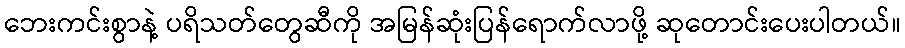
ဘေးကင်းစွာနဲ့ ပရိသတ်တွေဆီကို အမြန်ဆုံးပြန်ရောက်လာဖို့ ဆုတောင်းပေးပါတယ်။